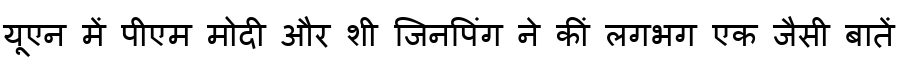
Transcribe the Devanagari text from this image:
यूएन में पीएम मोदी और शी जिनपिंग ने कीं लगभग एक जैसी बातें